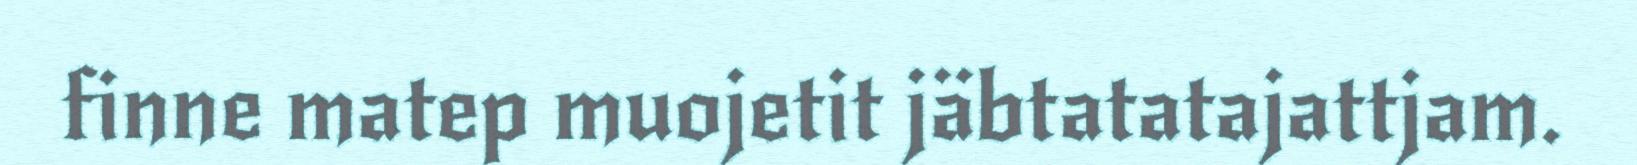
finne matep muojetit jäbtatatajattjam.